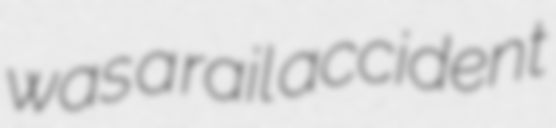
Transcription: was a rail accident